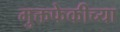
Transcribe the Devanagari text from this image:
मुक्तफेकीच्या